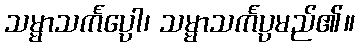
သမ္မာသင်္ကပ္ပော၊ သမ္မာသင်္ကပ္ပမည်၏။